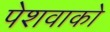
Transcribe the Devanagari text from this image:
पेशवाको